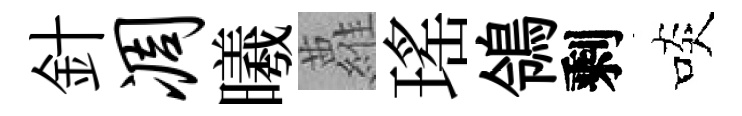
針凋曦蘿瑤鴒剩啖